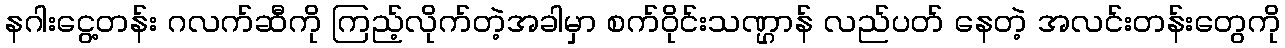
နဂါးငွေ့တန်း ဂလက်ဆီကို ကြည့်လိုက်တဲ့အခါမှာ စက်ဝိုင်းသဏ္ဌာန် လည်ပတ် နေတဲ့ အလင်းတန်းတွေကို